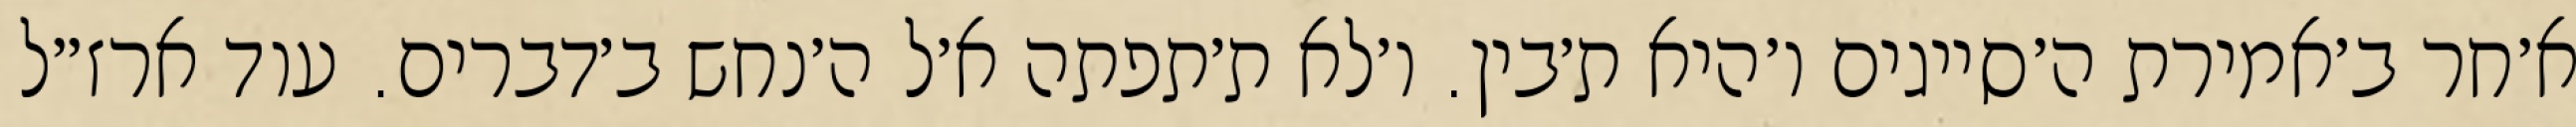
א׳חר ב׳אמירת ה׳סייגים ו׳היא ת׳בין. ו׳לא ת׳תפתה א׳ל ה׳נחש ב׳דברים. עוד ארז״ל